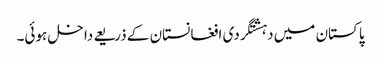
پاکستان میں دہشتگردی افغانستان کے ذریعے داخل ہوئی۔